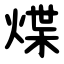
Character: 煠